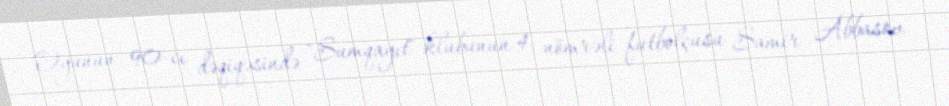
Oyunun 90-cı dəqiqəsində "Sumqayıt" klubunun 4 nömrəli futbolçusu Samir Abbasov